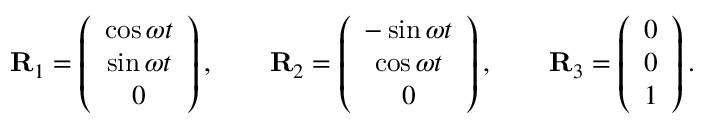
\begin{array} { r } { { \bf R } _ { 1 } = \left( \begin{array} { c } { \cos \omega t } \\ { \sin \omega t } \\ { 0 } \end{array} \right) , \qquad { \bf R } _ { 2 } = \left( \begin{array} { c } { - \sin \omega t } \\ { \cos \omega t } \\ { 0 } \end{array} \right) , \qquad { \bf R } _ { 3 } = \left( \begin{array} { c } { 0 } \\ { 0 } \\ { 1 } \end{array} \right) . } \end{array}